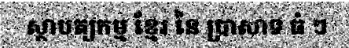
ស្ថាបត្យកម្ម ខ្មែរ នៃ ប្រាសាទ ធំ ៗ